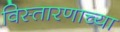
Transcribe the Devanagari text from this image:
विस्तारणाच्या